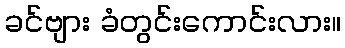
ခင်ဗျား ခံတွင်းကောင်းလား။